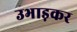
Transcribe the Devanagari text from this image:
उभाड़कर